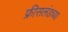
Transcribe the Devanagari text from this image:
फ्रीसलंडच्या